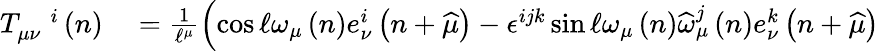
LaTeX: \begin{array}{rl}{T_{\mu\nu}^{\quad i}\left(n\right)}&{{}=\frac{1}{\mathcal{\ell}^{\mu}}\left(\cos\mathcal{\ell}\omega_{\mu}\left(n\right)e_{\nu}^{i}\left(n+\widehat{\mu}\right)-\epsilon^{ijk}\sin\mathcal{\ell}\omega_{\mu}\left(n\right)\widehat{\omega}_{\mu}^{j}\left(n\right)e_{\nu}^{k}\left(n+\widehat{\mu}\right)\right.}\end{array}